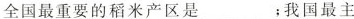
全国最重要的稻米产区是___；我国最主